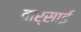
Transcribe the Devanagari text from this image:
वार्साई